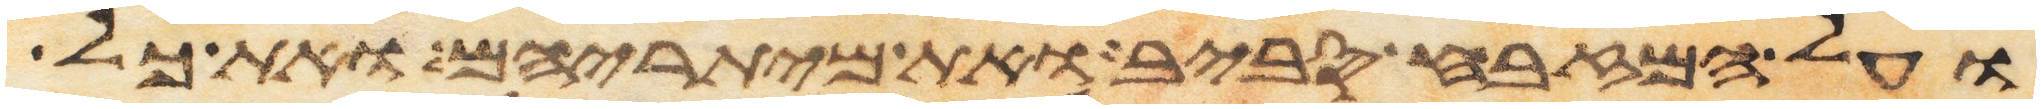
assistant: ועל המזבח סביב ואת מיתריהם ואת כל